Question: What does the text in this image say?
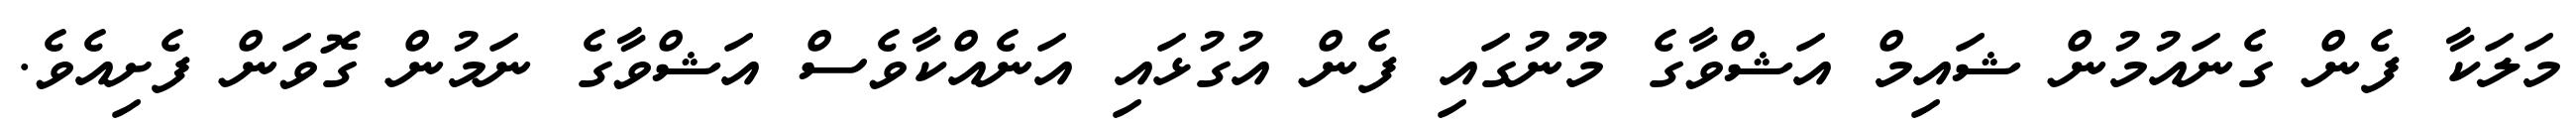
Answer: މަލަކާ ފެން ގެނައުމުން ޝައިމް އަޝްވާގެ މޫނުގައި ފެން އުގުޅައި އަނެއްކާވެސް އަޝްވާގެ ނަމުން ގޮވަން ފެށިއެވެ.